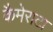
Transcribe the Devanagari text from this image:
कैमेराटा